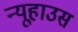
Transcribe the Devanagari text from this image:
न्यूहाउस